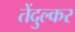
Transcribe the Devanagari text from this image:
तेंदुल्कर